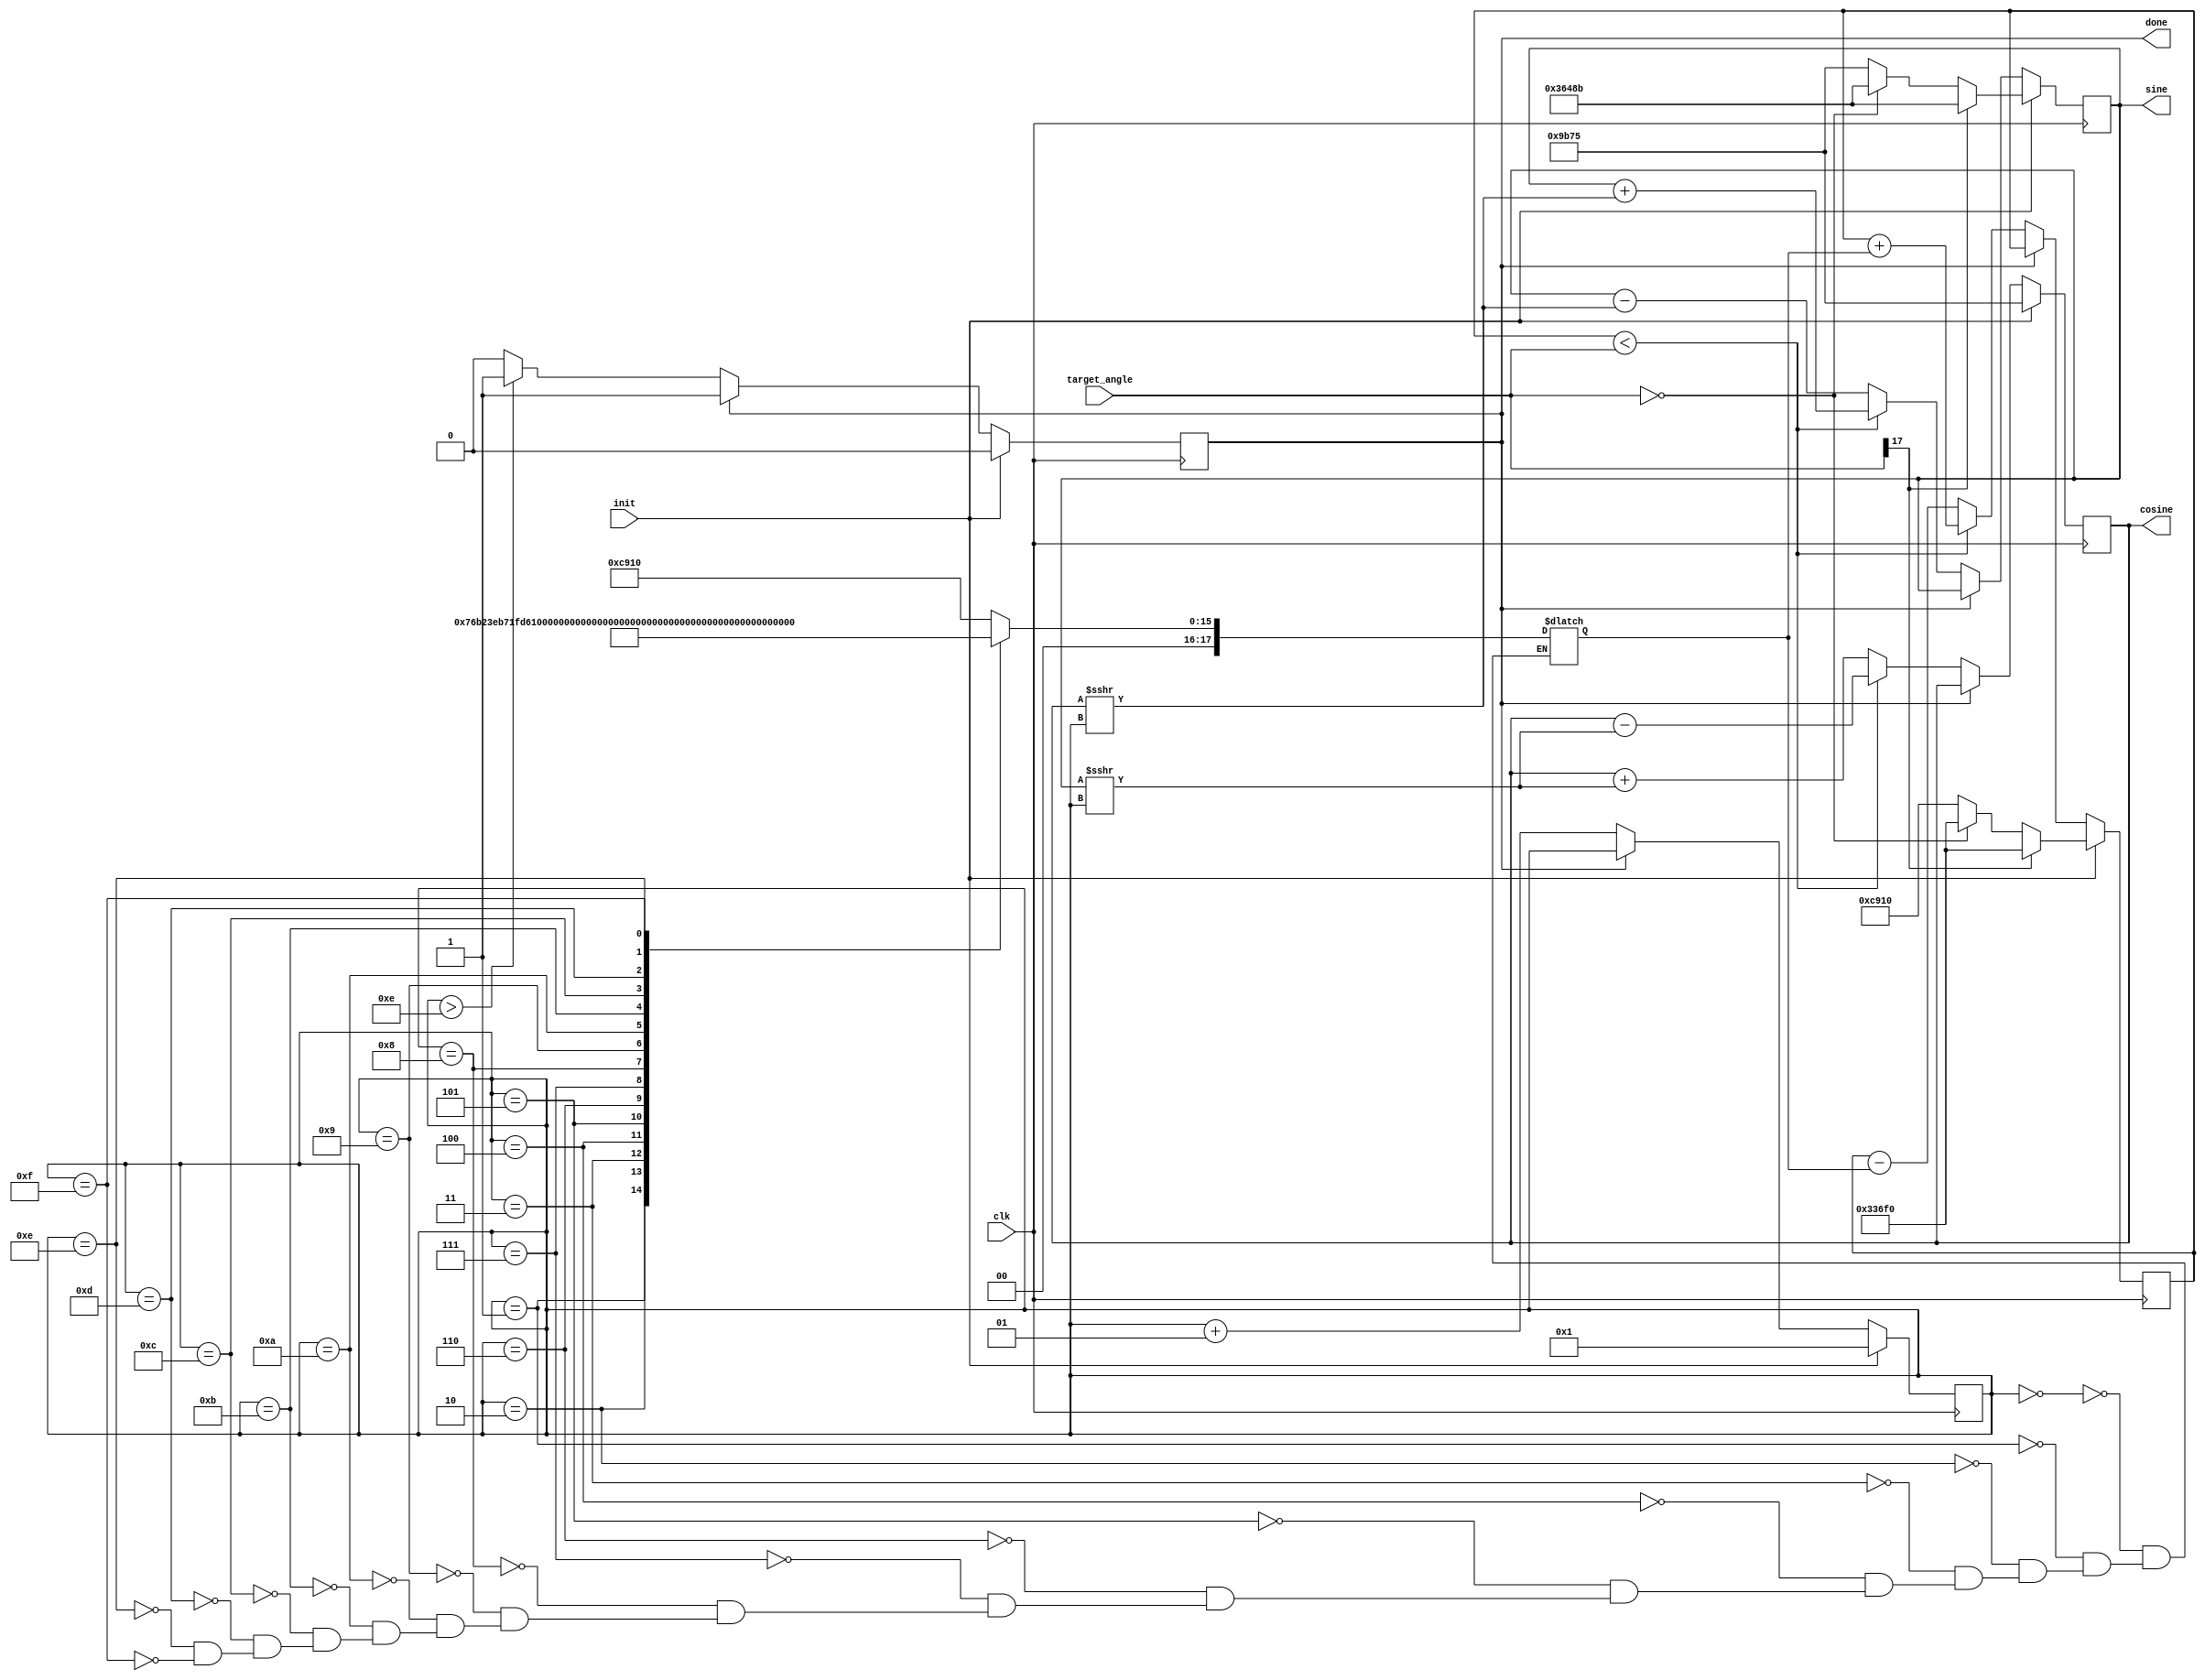
//`define K 39797
`timescale 1ns/1ps


module CORDIC (output signed[1:-16] cosine,
                  output signed[1:-16] sine,
                  output done,
                  input signed[1:-16] target_angle,
                  input init, clk);
    
	reg d=0;
	integer i;
	reg signed [1:-16] c, s, A, delta;
	//reg [15: 0] delta = {51472, 30386, 16055, 8150, 4091, 2047, 1024, 512, 256, 128, 64, 32, 16, 8, 4, 2};	
	
	always @(*)
		begin
			case (i)
				0: delta <= 18'b001100100100010000;
				1: delta <= 18'b000111011010110010;
				2: delta <= 18'b000011111010110111;
				3: delta <= 18'b000001111111010110;
				4: delta <= 18'b000000111111111011;
				5: delta <= 18'b000000011111111111;
				6: delta <= 18'b000000010000000000;
				7: delta <= 18'b000000001000000000;
				8: delta <= 18'b000000000100000000;
				9: delta <= 18'b000000000010000000;
				10: delta <= 18'b00000000001000000;
				11: delta <= 18'b00000000000100000;
				12: delta <= 18'b00000000000010000;
				13: delta <= 18'b00000000000001000;
				14: delta <= 18'b00000000000000100;
				15: delta <= 18'b00000000000000010;
			endcase
		end
	
	always @(posedge clk)
		begin
			if (init)
				begin
					//$display("############################################################# \n");
					d <= 0;	// Reset d to 0 (done = 0)
					c <= 18'b001001101101110101;	//39797 (K)
					
					//$display("INITIALISING \n");
					//$display("Sign = %d \n", target_angle[1]);
					
					// If its positive or zero
					if ( target_angle[1] == 0)
						begin
							// If its zero
							if (target_angle == 0)
								begin
									s <= 18'b110110010010001011; //-39797 (-K)
									//s <= -39797;
									//A <= -51472;
									A <= 18'b110011011011110000; // -51472
								end
							// If its positive but not zero
							else 
								begin
									s <= 18'b001001101101110101; //39797 (K)
									//s <= 39797;
									//A <= 51472;
									A <= 18'b001100100100010000; // 51472
								end
						end
					// If its negative
					else
						begin
							s <= 18'b110110010010001011; //-39797
							//s <= -39797;
							//A <= -51472;
							A <= 18'b110011011011110000; // -51472
						end
					i <= 1;
				end
			
			else
				begin
					// It only works if d (done) is not 1
					if ( d == 0) begin 
						//$display("############################################################# \n");
						// Start iterations
						i <= i+1;
						
						//$display("Iteration: %d \n", i);
						//$display("C=%d, S=%d, delta=%d, i=%d, A = %b \n", c, s, delta, i, A);
						
						if (A < target_angle)
							begin	
								//$display("Undershoot \n");
								A <= A + delta;
								c <= c - (s >>> i);
								s <= s + (c >>> i);
							end
						
						else
							begin
								//$display("Overshoot \n");
								A <= A - delta;
								c <= c + (s >>> i);
								s <= s - (c >>> i);
							end
						
						
						if (i > 14)
							begin
								//$display("DONE \n");
								d <=1;
							end
						else
							begin
								d <=0;
							end
					end
				end
		end
	
	assign done = d;
	assign cosine = c;
	assign sine = s;
	
	
endmodule